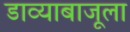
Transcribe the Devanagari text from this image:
डाव्याबाजूला